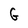
Character: G